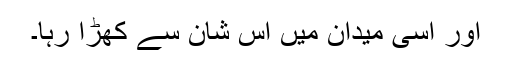
اور اسی میدان میں اس شان سے کھڑا رہا۔